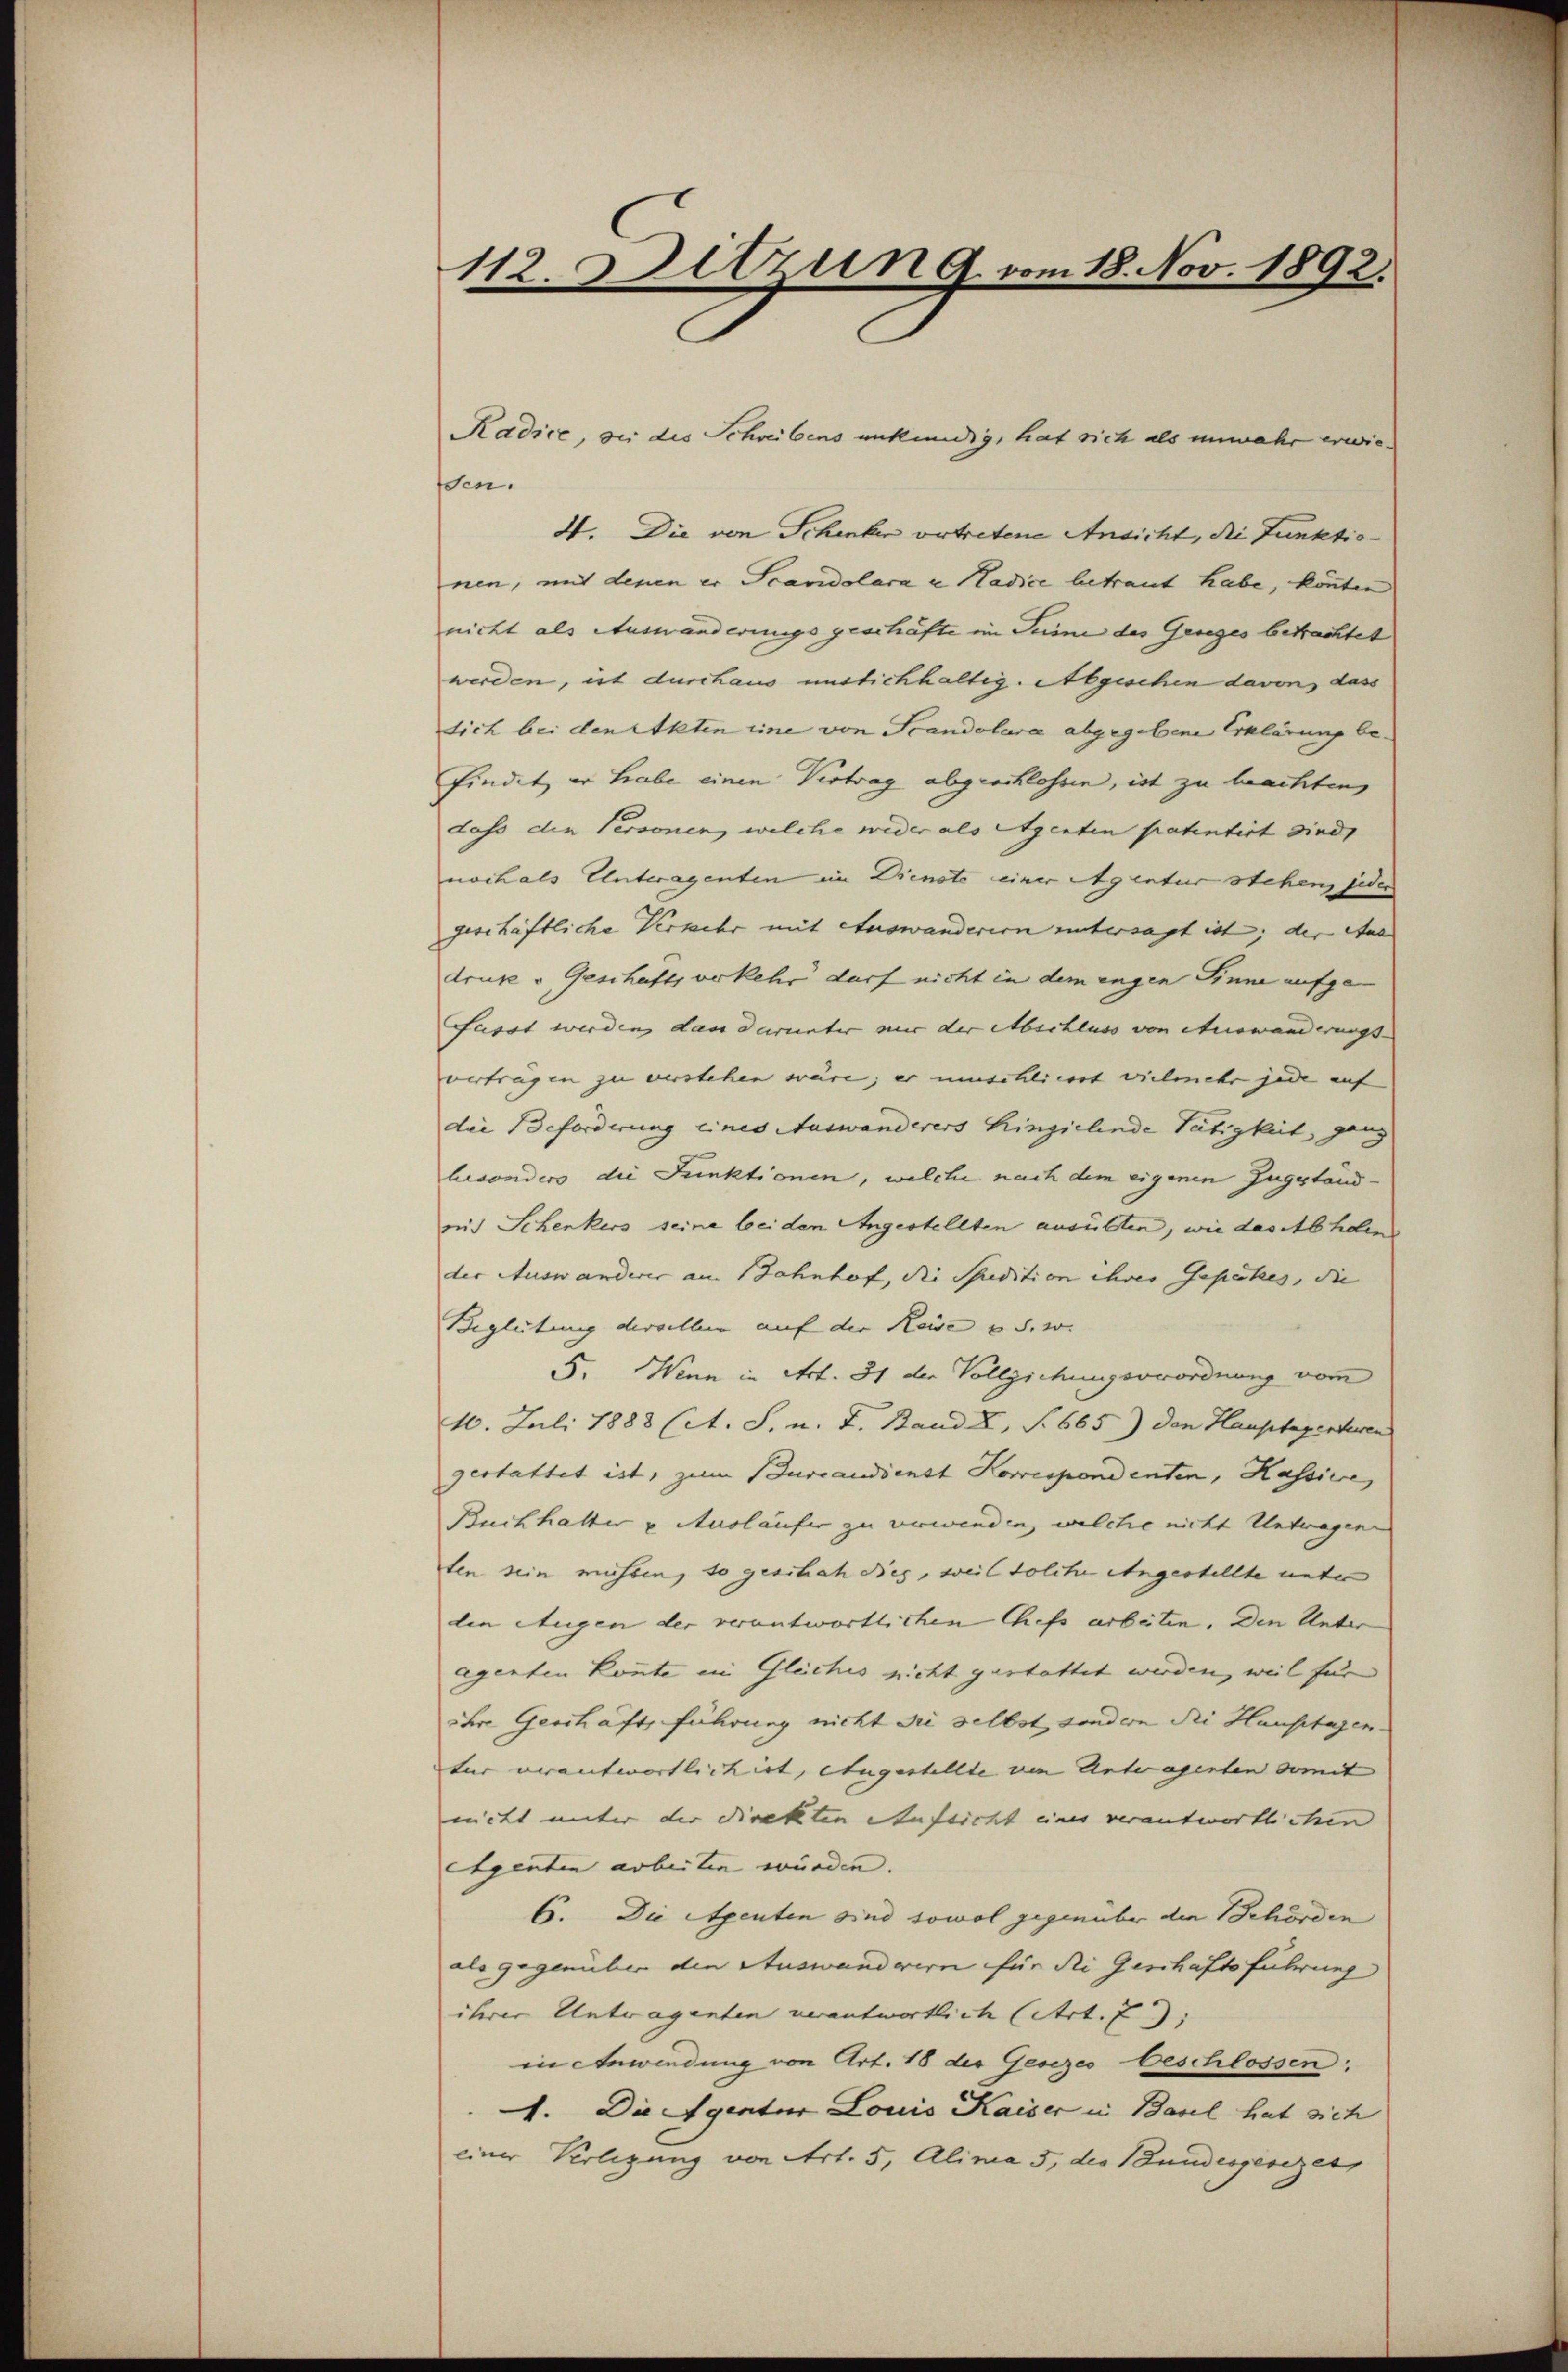
112. Sitzung vom 18. Nov. 1892.

Radice, bei des Schreibens unkündig, hat sich als unmehr erwiesen.
4. Die von Schenker vertretene Ansicht, die Funktionen, mit denen er Scandolara u Nadice betraut habe, könnten
nicht als Auswanderungsgeschäfte im Summe des Gesezes betrachtet
werden, ist durchaus unstichhaltig. Abgeschen davon, dass
sich bei den Akten eine von Scandolara abgegebene Erklärung be-
findet er habe einen Vertrag abgeschlossen, ist zu beachten,
dass die Personen, welche wider als Agenten patentirt wird,
noch als Untwagenten im Dienste einer Agentur stehen, jeden
geschäftliche Verkehr mit Auswanderern untersagt ist; der Aus
druker Geschafts verkehr darf nicht in dem engen Sinne aufge-
Fasst werden, dass darunter nur der Abschluss von etuswanderungs
verträgen zu verstehen wäre; er umschliesst vielmehr jede auf
die Beforderung eines Auswanderers hinzielende Tätigkeit, ganz
besonders die Junktionen, welche nach dem eigenen Zugestand-
mit Schenkers seine beiden Angestellten ausübten, wie das Abholen
der Auswanderes am Bahnhof, die Studition ihres Gesetzes, die |
Begleitung derselben auf der Keise u. s. w.
5. Wenn in Art. 31 der Vollziehungsverordnung vom
10. Juli 1883 (lt. S. n. F. Bande, S. 665) den Hauptaperturen
gestattet ist, zum Burcaudienst Korrespondenten, Kassire,
Buchhalter & Ausläufer zu verwenden, welche nicht Untwagen
ten sein müssen, so gesitzrah dies, weil solche Angestellte unter
den Augen der verantwortlichen Chefs arbeten. Den Unter
agenten konnte in Gleiches nicht gestattet werden, weil für
ihre Geschäft führung nicht die selbst, sondern die Hausstagen.
tur erantwortlich ist, augestellte von Antragenten somit
nicht unter der Direkten Aufsicht eines verantwortlichen
eigenten arbeiten würden.
6. Die Agenten sind sowol gegenüber die Behörden
als gegenüber den Auswanderern für die Geschaftsführung
ihrer Untragenten verantwortlich (Art. 7)
eie Anwendung von Art. 18 des Gesezes beschlossen:
1. Die Agentur Louis Kaiser in Basel hat sich
einer Verlegung von Art. 5, Alina 5, des Bundesgesezet